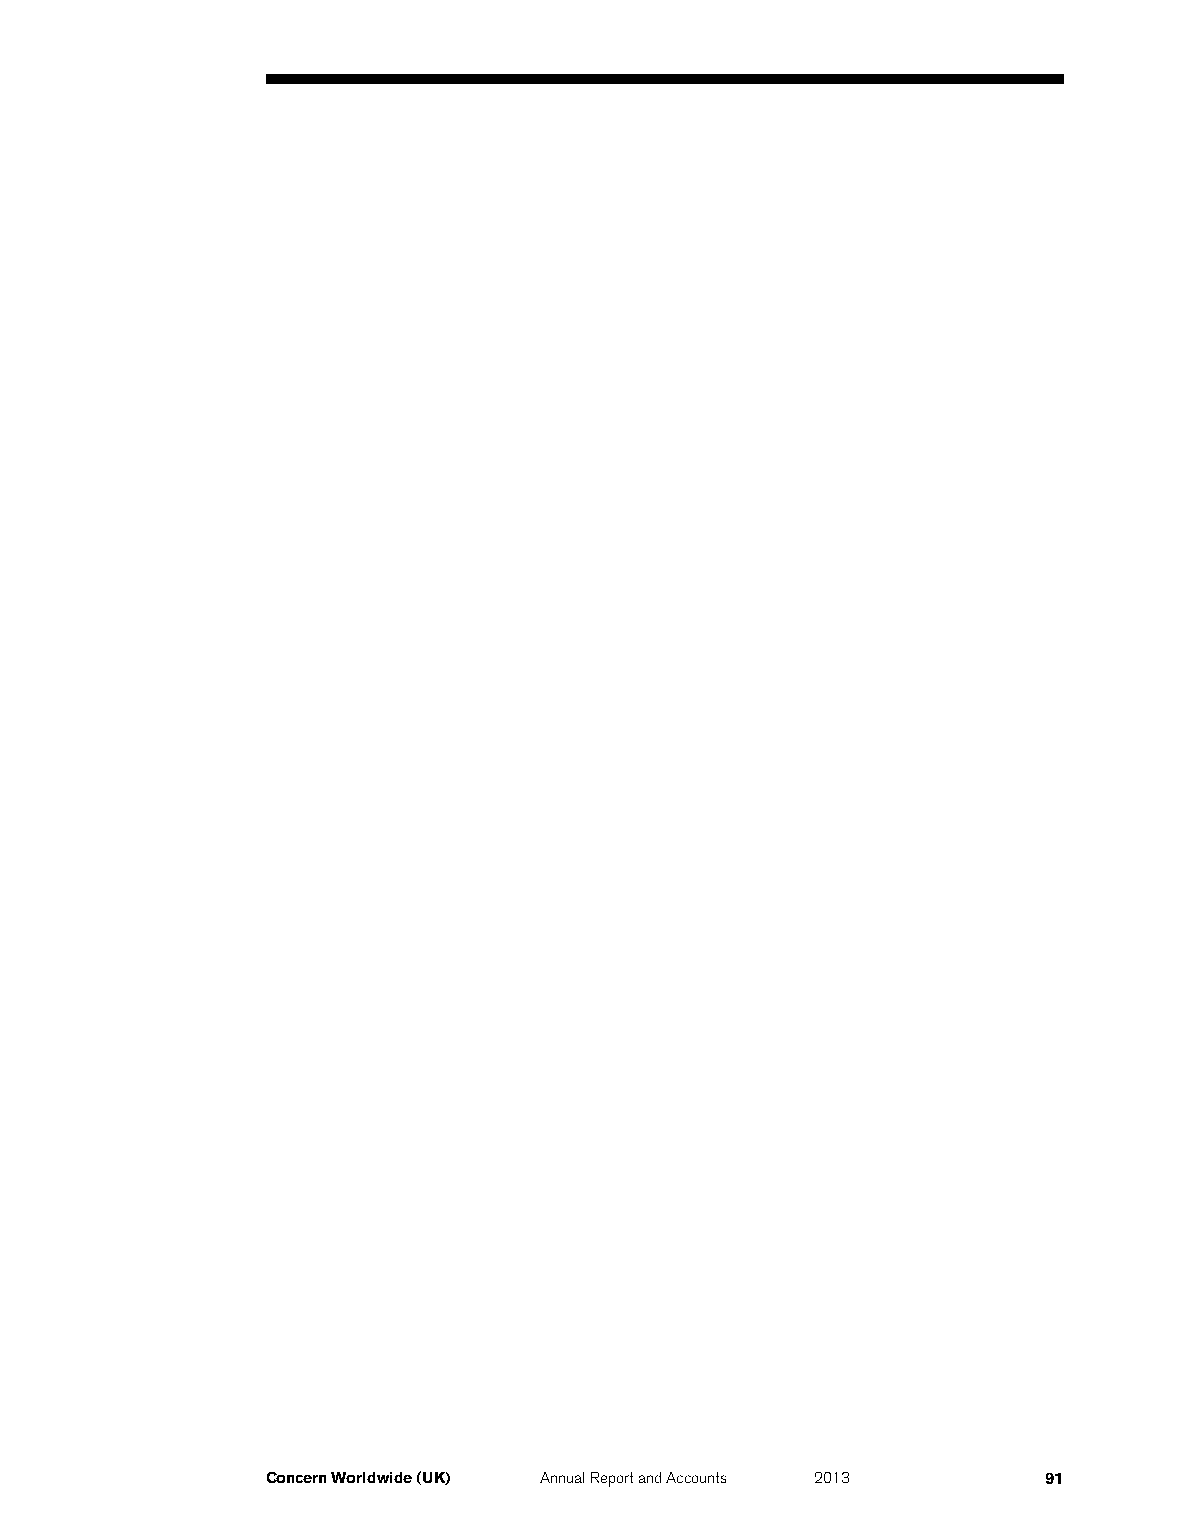
Concern Worldwide (UK) Annual Report and Accounts 2013 91